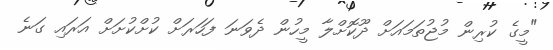
"މީގެ ކުރިން މުޖުތަމައަށް ދޫކޮށްލާ މީހުން ދެވަނަ ފަހަރަށް ކުށްކުށަށް އަރައި ގަނެ